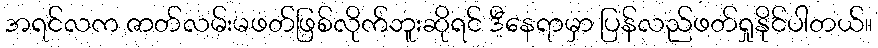
အရင်လက ဇာတ်လမ်းမဖတ်ဖြစ်လိုက်ဘူးဆိုရင် ဒီနေရာမှာ ပြန်လည်ဖတ်ရှုနိုင်ပါတယ်။